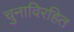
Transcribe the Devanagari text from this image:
चुनाविरहित